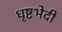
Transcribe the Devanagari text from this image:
धृष्टभेदी